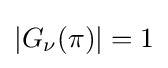
|G_{\nu }(\pi )|=1